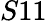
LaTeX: S11